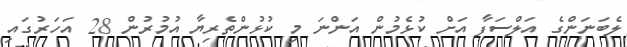
ލެބަނަންގެ އަލްސަފާ އަށް ކުޅެމުން އަންނަ މި ކުޅުންތެރިޔާ އުމުރުން 28 އަހަރުގައި